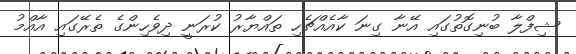
ޝިފްލާ ބުނިގޮތުގައި އޭނާ ގިނަ ކާއެއްޗެހި ތައްޔާރު ކުރަނީ ދިވެހިންގެ ތެރޭގައި އާއްމު